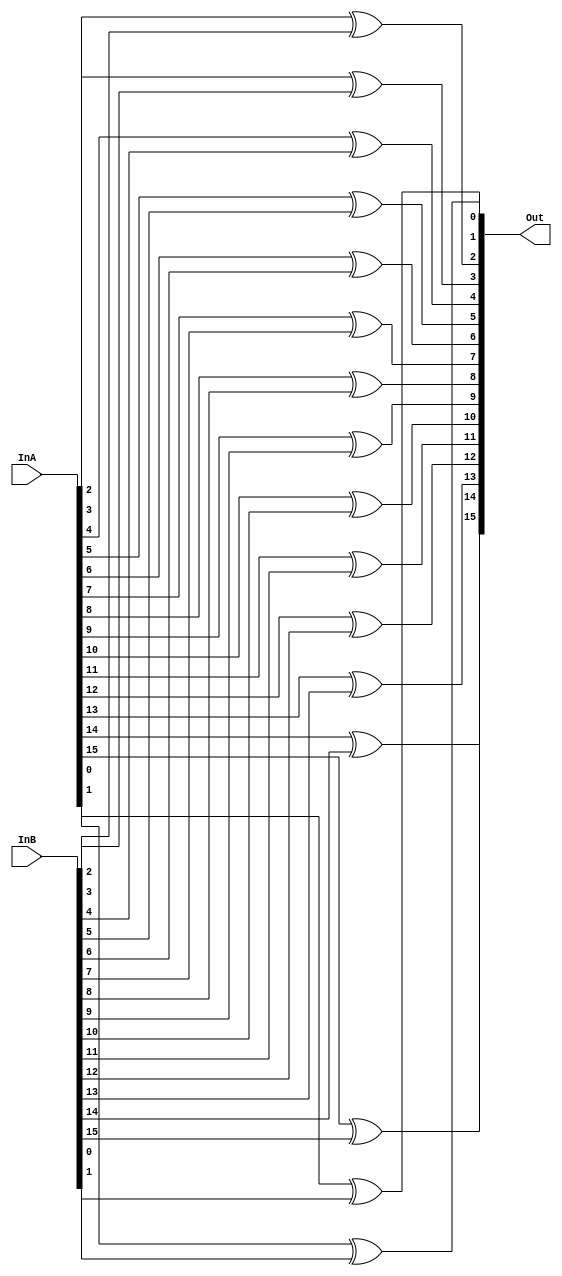
module xor_16bit(InA, InB, Out);

input [15:0] InA;
input [15:0] InB;

output [15:0] Out;

assign Out[0] = InA[0] ^ InB[0];
assign Out[1] = InA[1] ^ InB[1];
assign Out[2] = InA[2] ^ InB[2];
assign Out[3] = InA[3] ^ InB[3];
assign Out[4] = InA[4] ^ InB[4];
assign Out[5] = InA[5] ^ InB[5];
assign Out[6] = InA[6] ^ InB[6];
assign Out[7] = InA[7] ^ InB[7];
assign Out[8] = InA[8] ^ InB[8];
assign Out[9] = InA[9] ^ InB[9];
assign Out[10] = InA[10] ^ InB[10];
assign Out[11] = InA[11] ^ InB[11];
assign Out[12] = InA[12] ^ InB[12];
assign Out[13] = InA[13] ^ InB[13];
assign Out[14] = InA[14] ^ InB[14];
assign Out[15] = InA[15] ^ InB[15];

endmodule